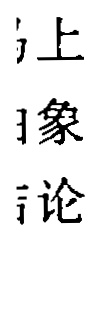
上
象
论